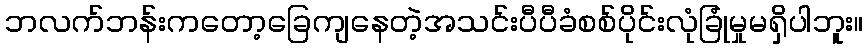
ဘလက်ဘန်းကတော့ခြေကျနေတဲ့အသင်းပီပီခံစစ်ပိုင်းလုံခြုံမှုမရှိပါဘူး။